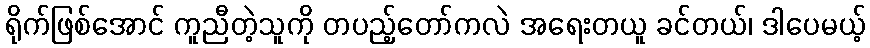
ရိုက်ဖြစ်အောင် ကူညီတဲ့သူကို တပည့်တော်ကလဲ အရေးတယူ ခင်တယ်၊ ဒါပေမယ့်